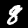
Label: 8